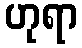
ဟုရာ